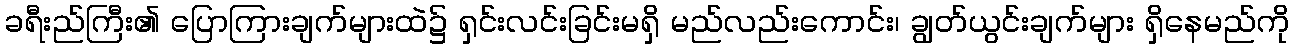
ခရီးည်ကြီး၏ ပြောကြားချက်များထဲ၌ ရှင်းလင်းခြင်းမရှိ မည်လည်းကောင်း၊ ချွတ်ယွင်းချက်များ ရှိနေမည်ကို